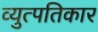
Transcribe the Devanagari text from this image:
व्युत्पतिकार